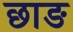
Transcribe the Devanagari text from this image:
छाङ